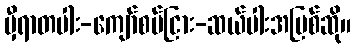
မှီရာတပါး-ကျော်စပ်ငြား-ဆယ်ပါးအပြစ်ဆို။